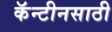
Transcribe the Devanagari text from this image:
कॅन्टीनसाठी